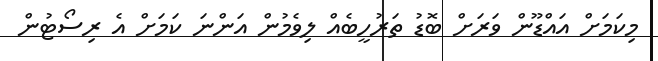
މިކަމަށް އައްޑޫން ވަރަށް ބޮޑު ތަރުހީބެއް ލިވެމުން އަންނަ ކަމަށް އެ ރިސޯޓުން